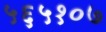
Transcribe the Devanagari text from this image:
५६५१०७